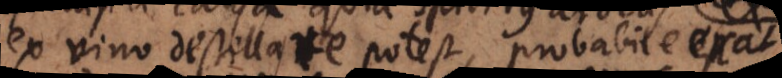
ex vino destillare potest, probabile erat